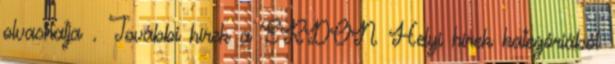
olvashatja . További hírek a ERDON Helyi hírek kategóriából